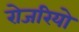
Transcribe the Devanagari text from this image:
रोजरियो